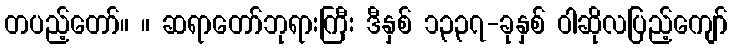
တပည့်တော်။ ။ ဆရာတော်ဘုရားကြီး ဒီနှစ် ၁၃၃၇-ခုနှစ် ဝါဆိုလပြည့်ကျော်